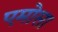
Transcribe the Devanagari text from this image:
एमोसा